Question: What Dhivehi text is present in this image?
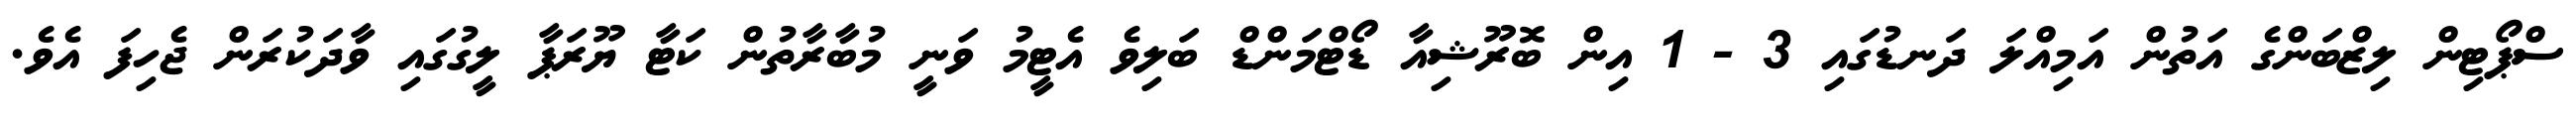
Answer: ސްޕޯޓިން ލިޒްބަންގެ އަތުން އަމިއްލަ ދަނޑުގައި 3 - 1 އިން ބޮރޫޝިއާ ޑޯޓްމަންޑް ބަލިވެ އެޓީމު ވަނީ މުބާރާތުން ކަޓާ ޔޫރަޕާ ލީގުގައި ވާދަކުރަން ޖެހިފަ އެވެ.